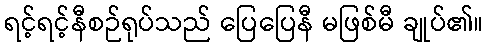
ရင့်ရင့်နီစဉ်ရုပ်သည် ပြေပြေနီ မဖြစ်မီ ချုပ်၏။